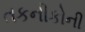
તકનીકોની